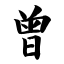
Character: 曾